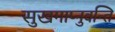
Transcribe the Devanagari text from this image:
सुखमाप्नुवन्ति